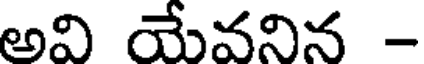
అవి యేవనిన -